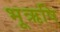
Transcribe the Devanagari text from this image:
भूऋषि